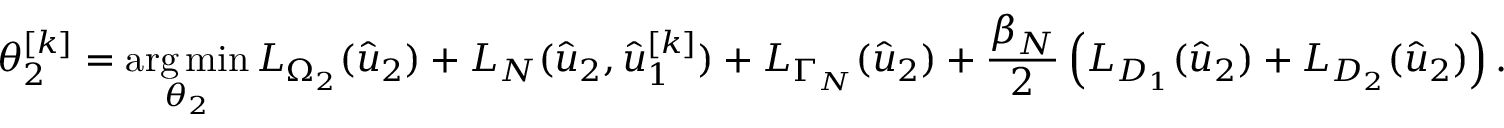
\theta _ { 2 } ^ { [ k ] } = \operatorname * { a r g \, m i n } _ { \theta _ { 2 } } L _ { \Omega _ { 2 } } ( \hat { u } _ { 2 } ) + L _ { N } ( \hat { u } _ { 2 } , \hat { u } _ { 1 } ^ { [ k ] } ) + L _ { \Gamma _ { N } } ( \hat { u } _ { 2 } ) + \frac { \beta _ { N } } { 2 } \left( L _ { D _ { 1 } } ( \hat { u } _ { 2 } ) + L _ { D _ { 2 } } ( \hat { u } _ { 2 } ) \right) .